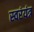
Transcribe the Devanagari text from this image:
स्वरंयंत्र